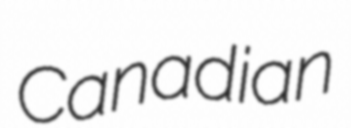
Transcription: Canadian